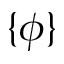
\{ \phi \}